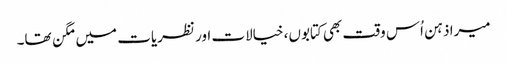
میرا ذہن اُس وقت بھی کتابوں، خیالات اور نظریات میں مگن تھا۔